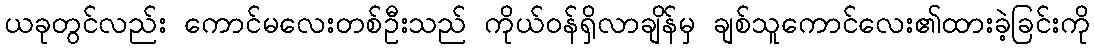
ယခုတွင်လည်း ကောင်မလေးတစ်ဦးသည် ကိုယ်ဝန်ရှိလာချိန်မှ ချစ်သူကောင်လေး၏ထားခဲ့ခြင်းကို